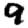
Digit: 9